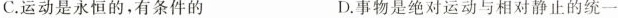
C.运动是永恒的，有条件的 D.事物是绝对运动与相对静止的统一